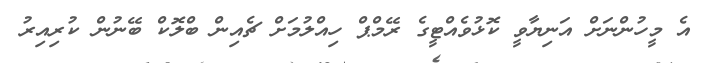
އެ މީހުންނަށް އަނިޔާވީ ކޮޅުވެއްޓީގެ ރޭމްޕް ހިއްލުމަށް ޗެއިން ބްލޮކް ބޭނުން ކުރިއިރު